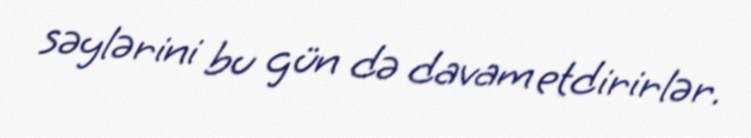
səylərini bu gün də davam etdirirlər.